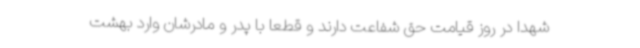
شهدا در روز قیامت حق شفاعت دارند و قطعاً با پدر و مادرشان وارد بهشت